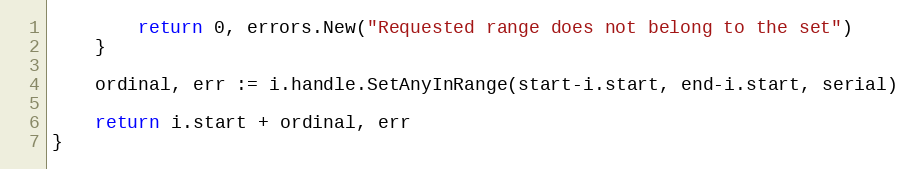
Language: Go
		return 0, errors.New("Requested range does not belong to the set")
	}

	ordinal, err := i.handle.SetAnyInRange(start-i.start, end-i.start, serial)

	return i.start + ordinal, err
}